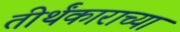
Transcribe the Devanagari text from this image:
तीर्थंकाराच्या